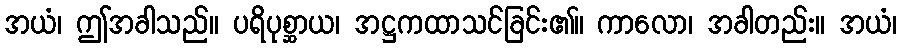
အယံ၊ ဤအခါသည်။ ပရိပုစ္ဆာယ၊ အဋ္ဌကထာသင်ခြင်း၏။ ကာလော၊ အခါတည်း။ အယံ၊